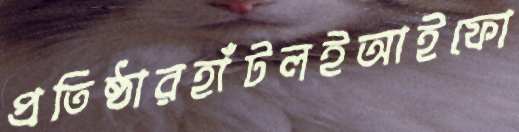
প্রতিষ্ঠারহাঁটলইআইফো